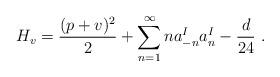
LaTeX: \begin{align*}H_v ={(p+v)^2 \over 2} + \sum_{n=1}^{\infty} n a^I_{-n} a^I_{n} -{d\over{24}}~.\end{align*}